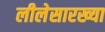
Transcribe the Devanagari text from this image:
लीलेसारख्या